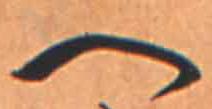
へ